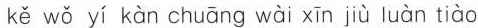
kě wǒ yí kàn chuāng wài xīn jiù luàn tiào